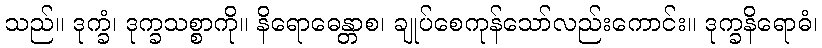
သည်။ ဒုက္ခံ၊ ဒုက္ခသစ္စာကို။ နိရောဓေန္တာစ၊ ချုပ်စေကုန်သော်လည်းကောင်း။ ဒုက္ခနိရောဓံ၊